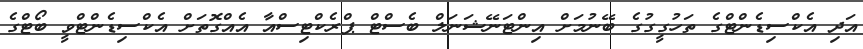
އަދި އެކްސިޑެންޓްގެ ތަހުގީގުގެ ބޭނުމަށް އިންޓަނޭޝަނަލް ބެސްޓް ޕްރެކްޓިސްއާ އެއްގޮތަށް އެކްސިޑެންޓްވީ ބޯޓްގެ